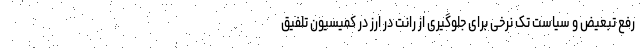
رفع تبعیض و سیاست تک نرخی برای جلوگیری از رانت در ارز در کمیسیون تلفیق